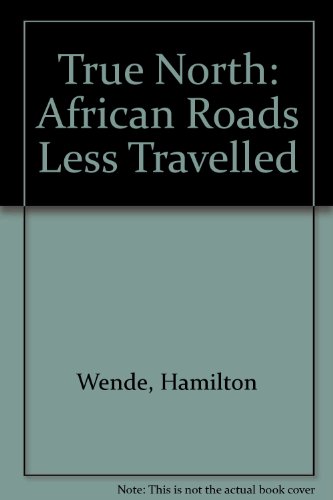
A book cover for True North: African Roads Less Travelled; Hamilton Wende; Travel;